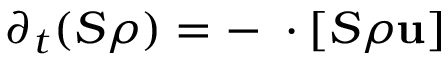
\partial _ { t } ( S \rho ) = - \mathbf { \nabla } \cdot \left[ S \rho \mathbf { u } \right]